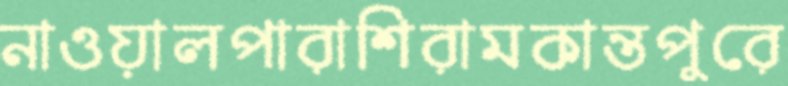
নাওয়ালপারাশিরামকান্তপুরে